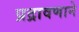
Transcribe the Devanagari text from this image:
प्रद्रावणाने